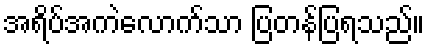
အရိပ်အကဲလောက်သာ ပြတန်ပြရသည်။